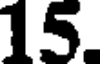
15.